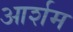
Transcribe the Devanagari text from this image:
आर्शम